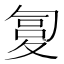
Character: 𰋏